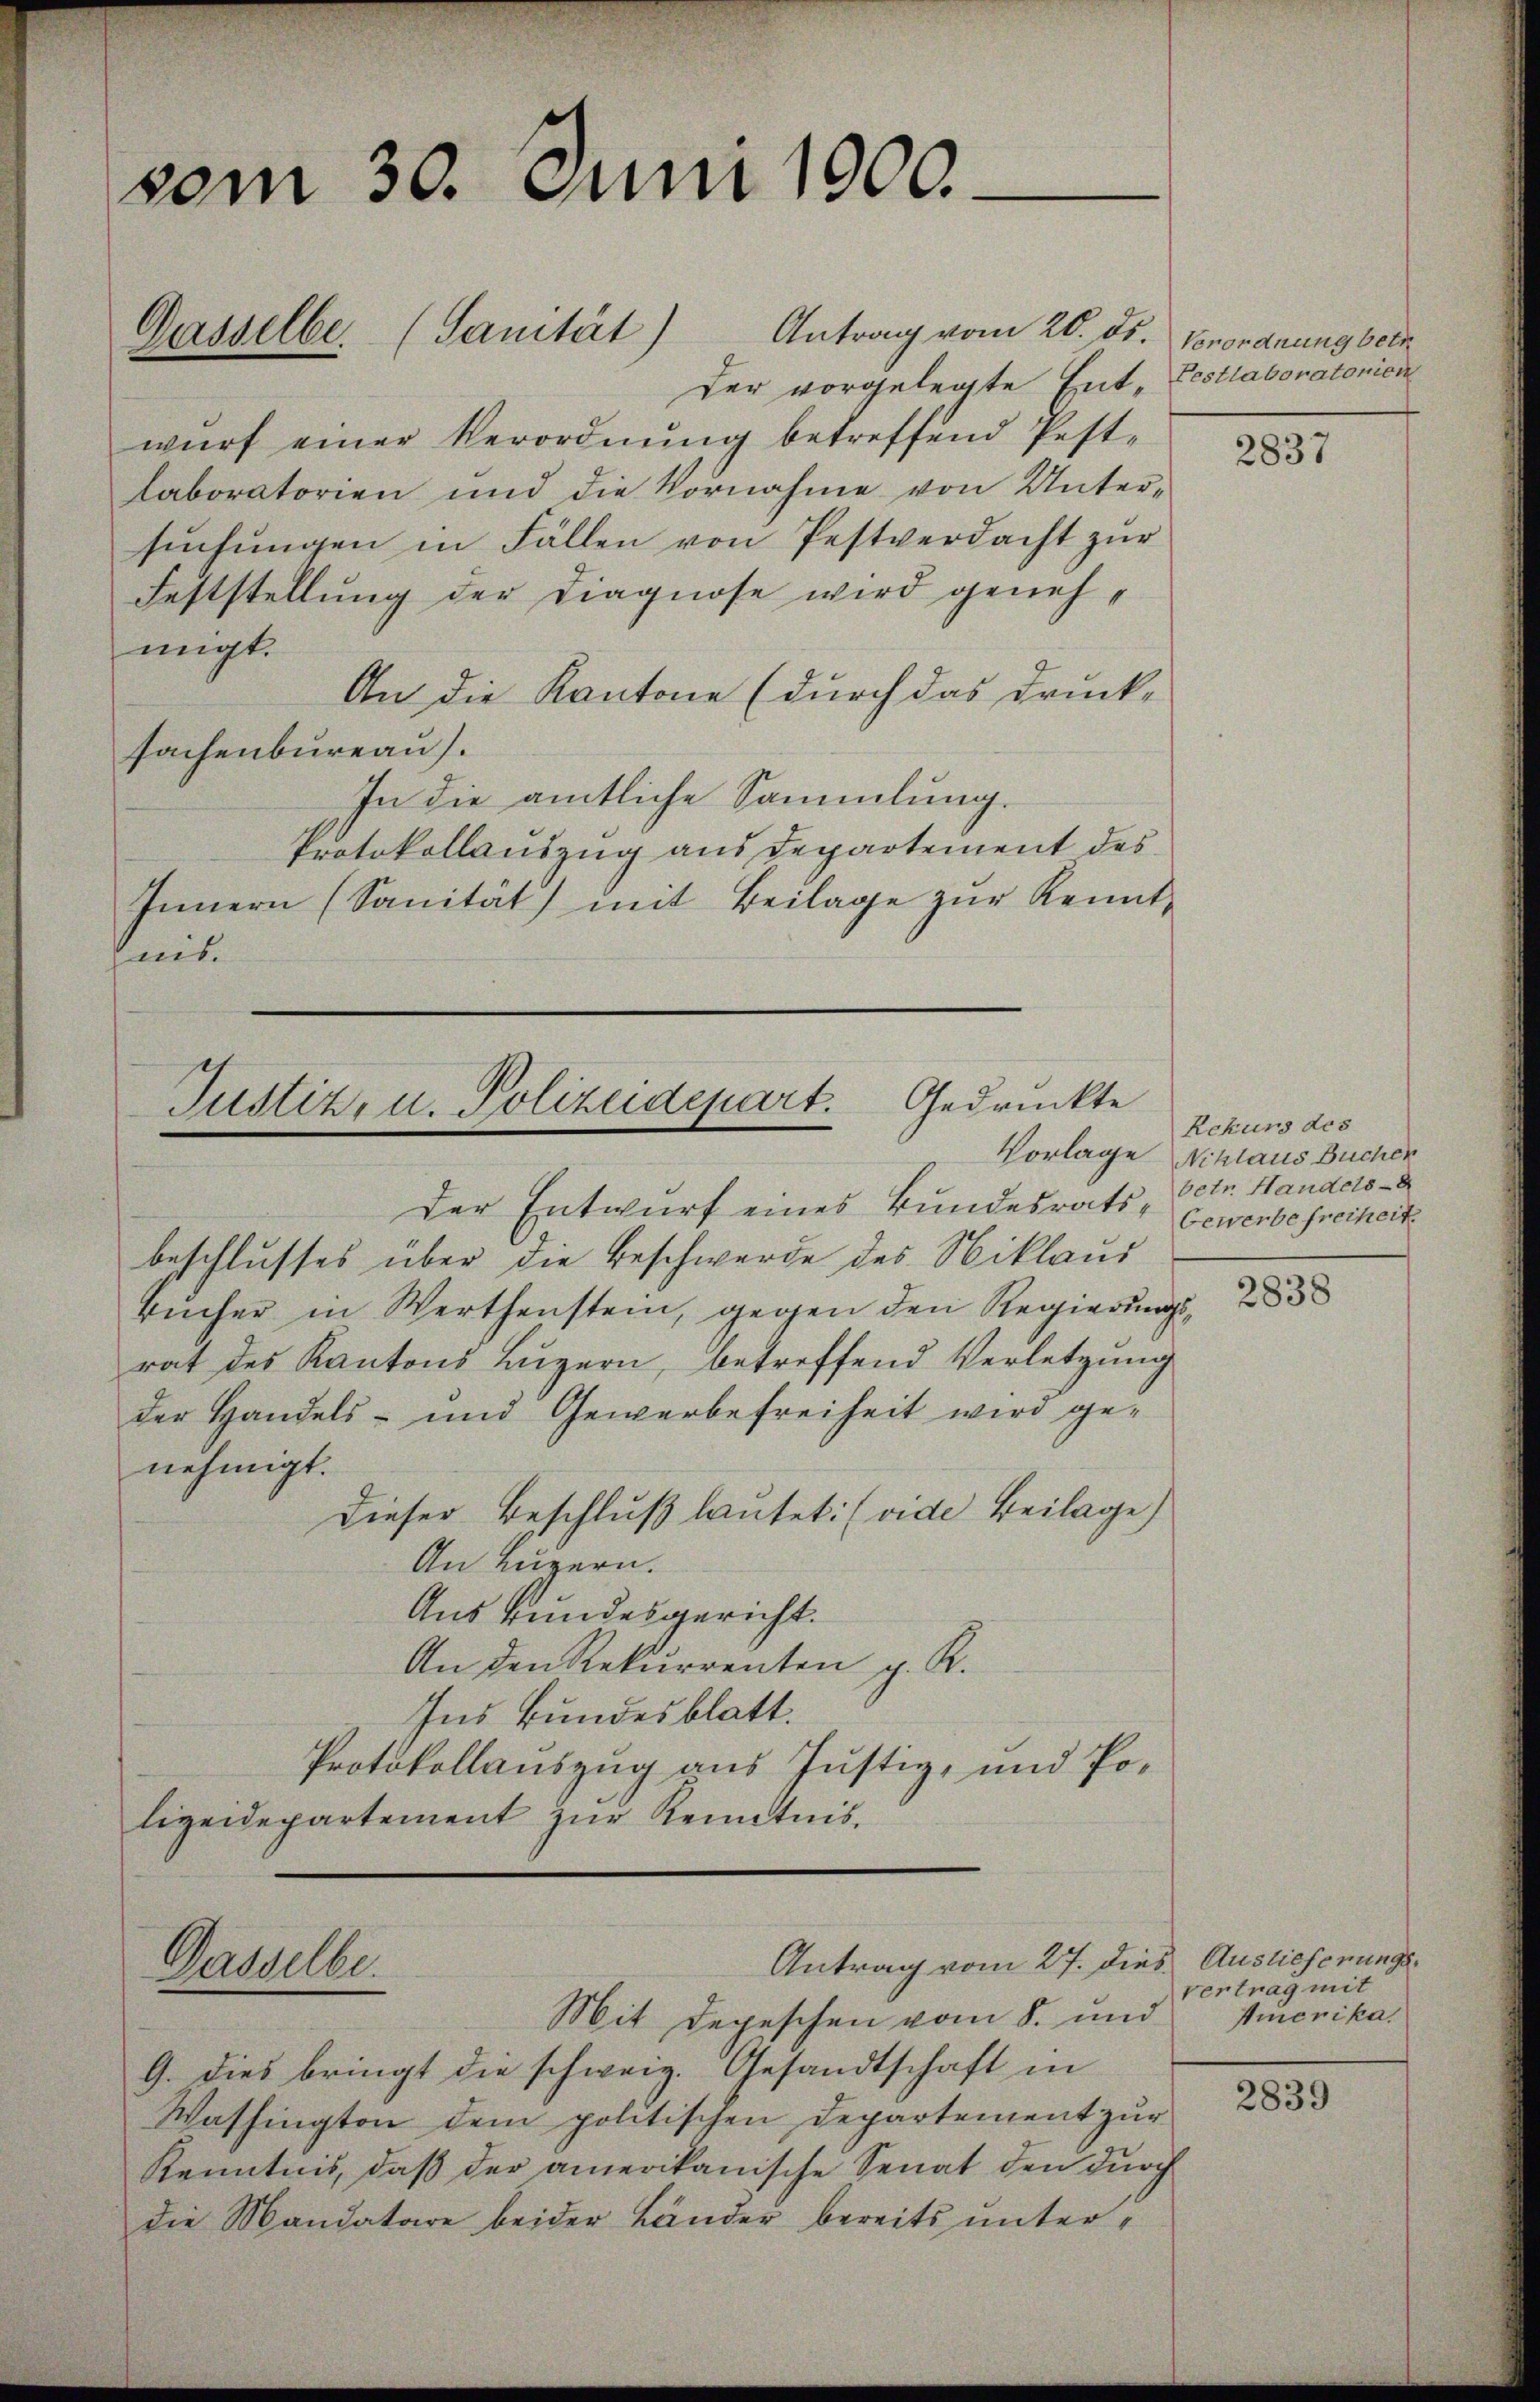
vom 30. Juni 1900.
Gasselbe. (Sanität) Antrag vom 20. ds.

Der vorgelegte Ent Festlaboratonien
wurf einer Verordnung betreffend Pest-
laboratorien und die Vornahme von Untersŭchŭngen in Fällen von Pestverdacht zŭr
Feststellung der Diagnose wird genehmigt.
An die Kantone (durch das Druck-
sachenbureau).
In die amtliche Sammlung.
Protokollauszug aus Departement des
Innern (Sanität) mit Beilage zur Kennthis.

Justiz u. Polizeidepart. Gedrückte

Der Entwurf eines Bundesratsbeschlusses über die Beschwerde des Niklaus
Bücher in Werthenstein, gegen den Regierungsrat des Kantons Luzern, betreffend Verletzung
der Handels- und Gewerbefreiheit wird genehmigt.
Dieser Beschluß lautet: (vide Beilage)
An Luzern.
Aus Bundesgericht.
An den Rekurrenten p. K.
Ins Bundesblatt.
Protokollauszug aus Justiz- und Polizeidepartement zur Kenntnis¬

Antrag vom 27. dies Auslieferungs¬
Gasselbe.

Verordnung betr

Mit Depeschen vom 8. und sinonika¬
G. dies bringt die schweiz. Gesandtschaft in
Washington dem politischen Departement zur
Kenntnis, daß der amerikanische Senat den durch
die Mandatare beider Länder bereits unter¬

2837

Rekurs des
Vorlage Niklaus Buchen
betr. Handels-
Gewerbefreiheit.

2838

Vertrag mit

2839